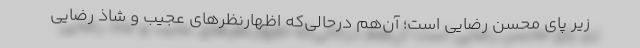
زیر پای محسن رضایی است؛ آن‌هم در‌حالی‌که اظهارنظرهای عجیب و شاذ رضایی